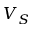
V _ { S }